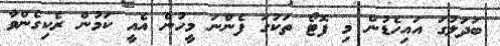
ބަދަލުގަ އައިހެޑުން މި ފޮޓޯ ތަކުގަ ފެންނަ މީހުން އެއީ ކަމުން ރެކިގެންވާ